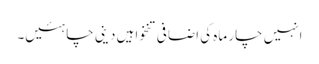
انہیں چار ماہ کی اضافی تنخواہیں دینی چاہئیں۔